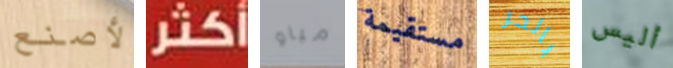
لأصنع أكثر مياو مستقيمة بالحر أليس